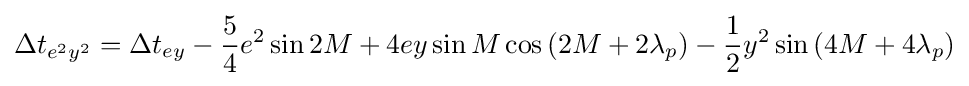
\Delta t_{e^{2}y^{2}}=\Delta t_{ey}-{\frac {5}{4}}e^{2}\sin {2M}+4ey\sin {M}\cos \left(2M+2\lambda _{p}\right)-{\frac {1}{2}}y^{2}\sin \left(4M+4\lambda _{p}\right)